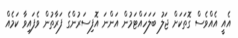
އެއީ އެއްވެސް ގޮތަކަށް ޖަލު ބަލަހައްޓަމުން އަންނަ އޮފިސަރުންގެ ފަރާތުން ވެފައިވާ ކަމެއް